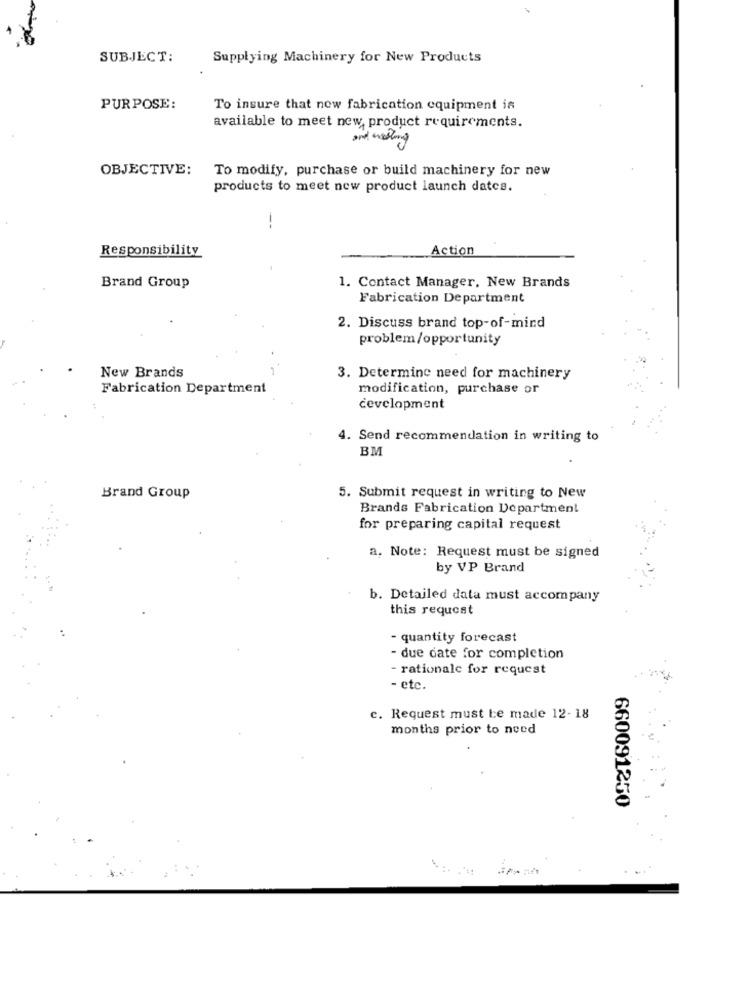
SUBJECT:
Supplying Machinery for New Products
PURPOSE:
To insure that now fabrication equipment in
available to meet new product requirements.
and westing
OBJECTIVE:
To modify, purchase or build machinery for new
products to meet new product launch datca.
Responsibility
Action
Brand Group
1. Contact Manager, New Brands
Fabrication Department
2. Discuss brand top-of-mind
problem/opportunity
New Brands
3. Determine need for machinery
Fabrication Department
modification, purchase or
development
4. Send recommendation in writing to
BM
Brand Group
5. Submit request in writing to New
Brands Fabrication Department
for preparing capital request
a. Note: Request must be signed
by VP Brand
b. Detailed data must accompany
this request
- quantity forecast
- due date for completion
- rationale for request
- etc.
c. Request must be made 12- 18
months prior to need
660091250